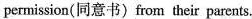
permission(同意书) from their parents.